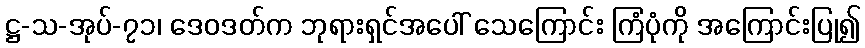
ဋ္ဌ-သ-အုပ်-၇၁၊ ဒေဝဒတ်က ဘုရားရှင်အပေါ် သေကြောင်း ကြံပုံကို အကြောင်းပြု၍